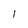
Character: l